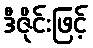
ဒီဇိုင်းဖြင့်